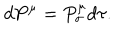
d P ^ { \mu } = P _ { \sigma } ^ { \mu } d \tau .